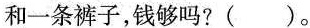
和一条裤子，钱够吗?()。